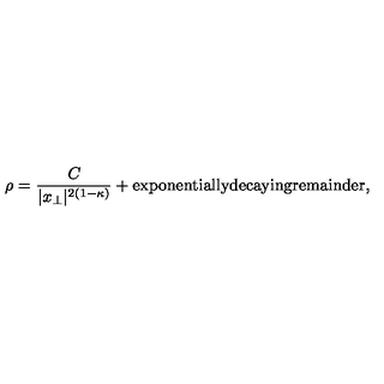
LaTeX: \rho = \frac { C } { | x _ { \perp } | ^ { 2 ( 1 - \kappa ) } } + \mathrm { e x p o n e n t i a l l y d e c a y i n g r e m a i n d e r } ,